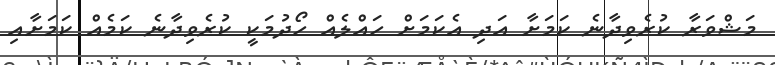
މަޝްވަރާ ކުރެވިދާނެ ކަމަށާ އަދި އެކަމަށް ހައްލެއް ހޯދުމަކީ ކުރެވިދާނެ ކަމެއް ކަމަށާއި